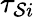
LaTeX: \tau_{\mathcal{S}i}